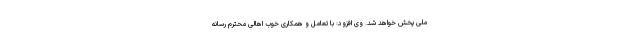
ملی پخش خواهد شد. وی افزود: با تعامل و همکاری خوب اهالی محترم رسانه